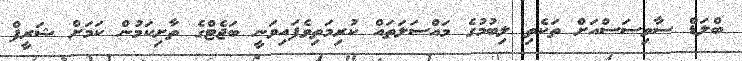
ބްލަޑް ސާވިސަސްއަށް ތަކެތި ލިބުމުގެ މައްސަލަތައް ކުރިމަތިވެފައިވަނީ ބަޖެޓްގެ ތާށިކަމުން ކަމަށް ޝަރީފް